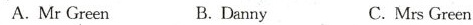
A. Mr Green B.Danny C. Mrs Green